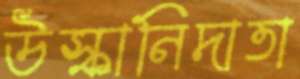
উস্কানিদাতা